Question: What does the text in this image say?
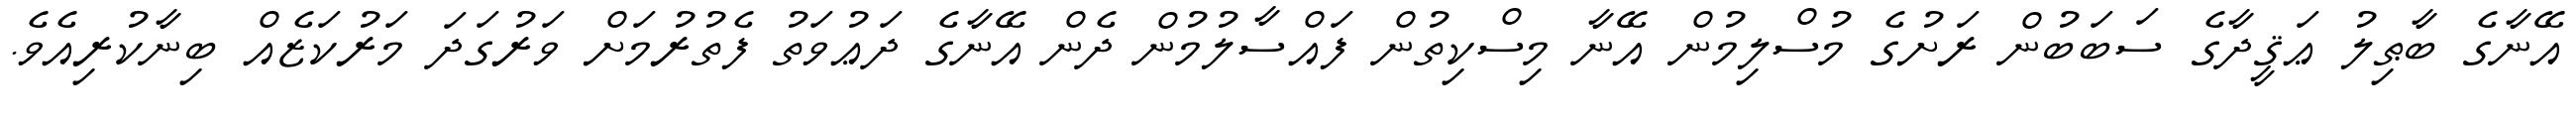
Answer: އޭނާގެ ބާޠިލު ޢަޤީދާގެ ސަބަބުން ރަށުގެ މުސްލިމުން އޭނާ މިސްކިތުން ފައްސާލުމުން ދެން އޭނާގެ ދަޢުވަތު ފެތުރުމަށް ވަރުގަދަ މަރުކަޒެއް ބިނާކުރިއެވެ.